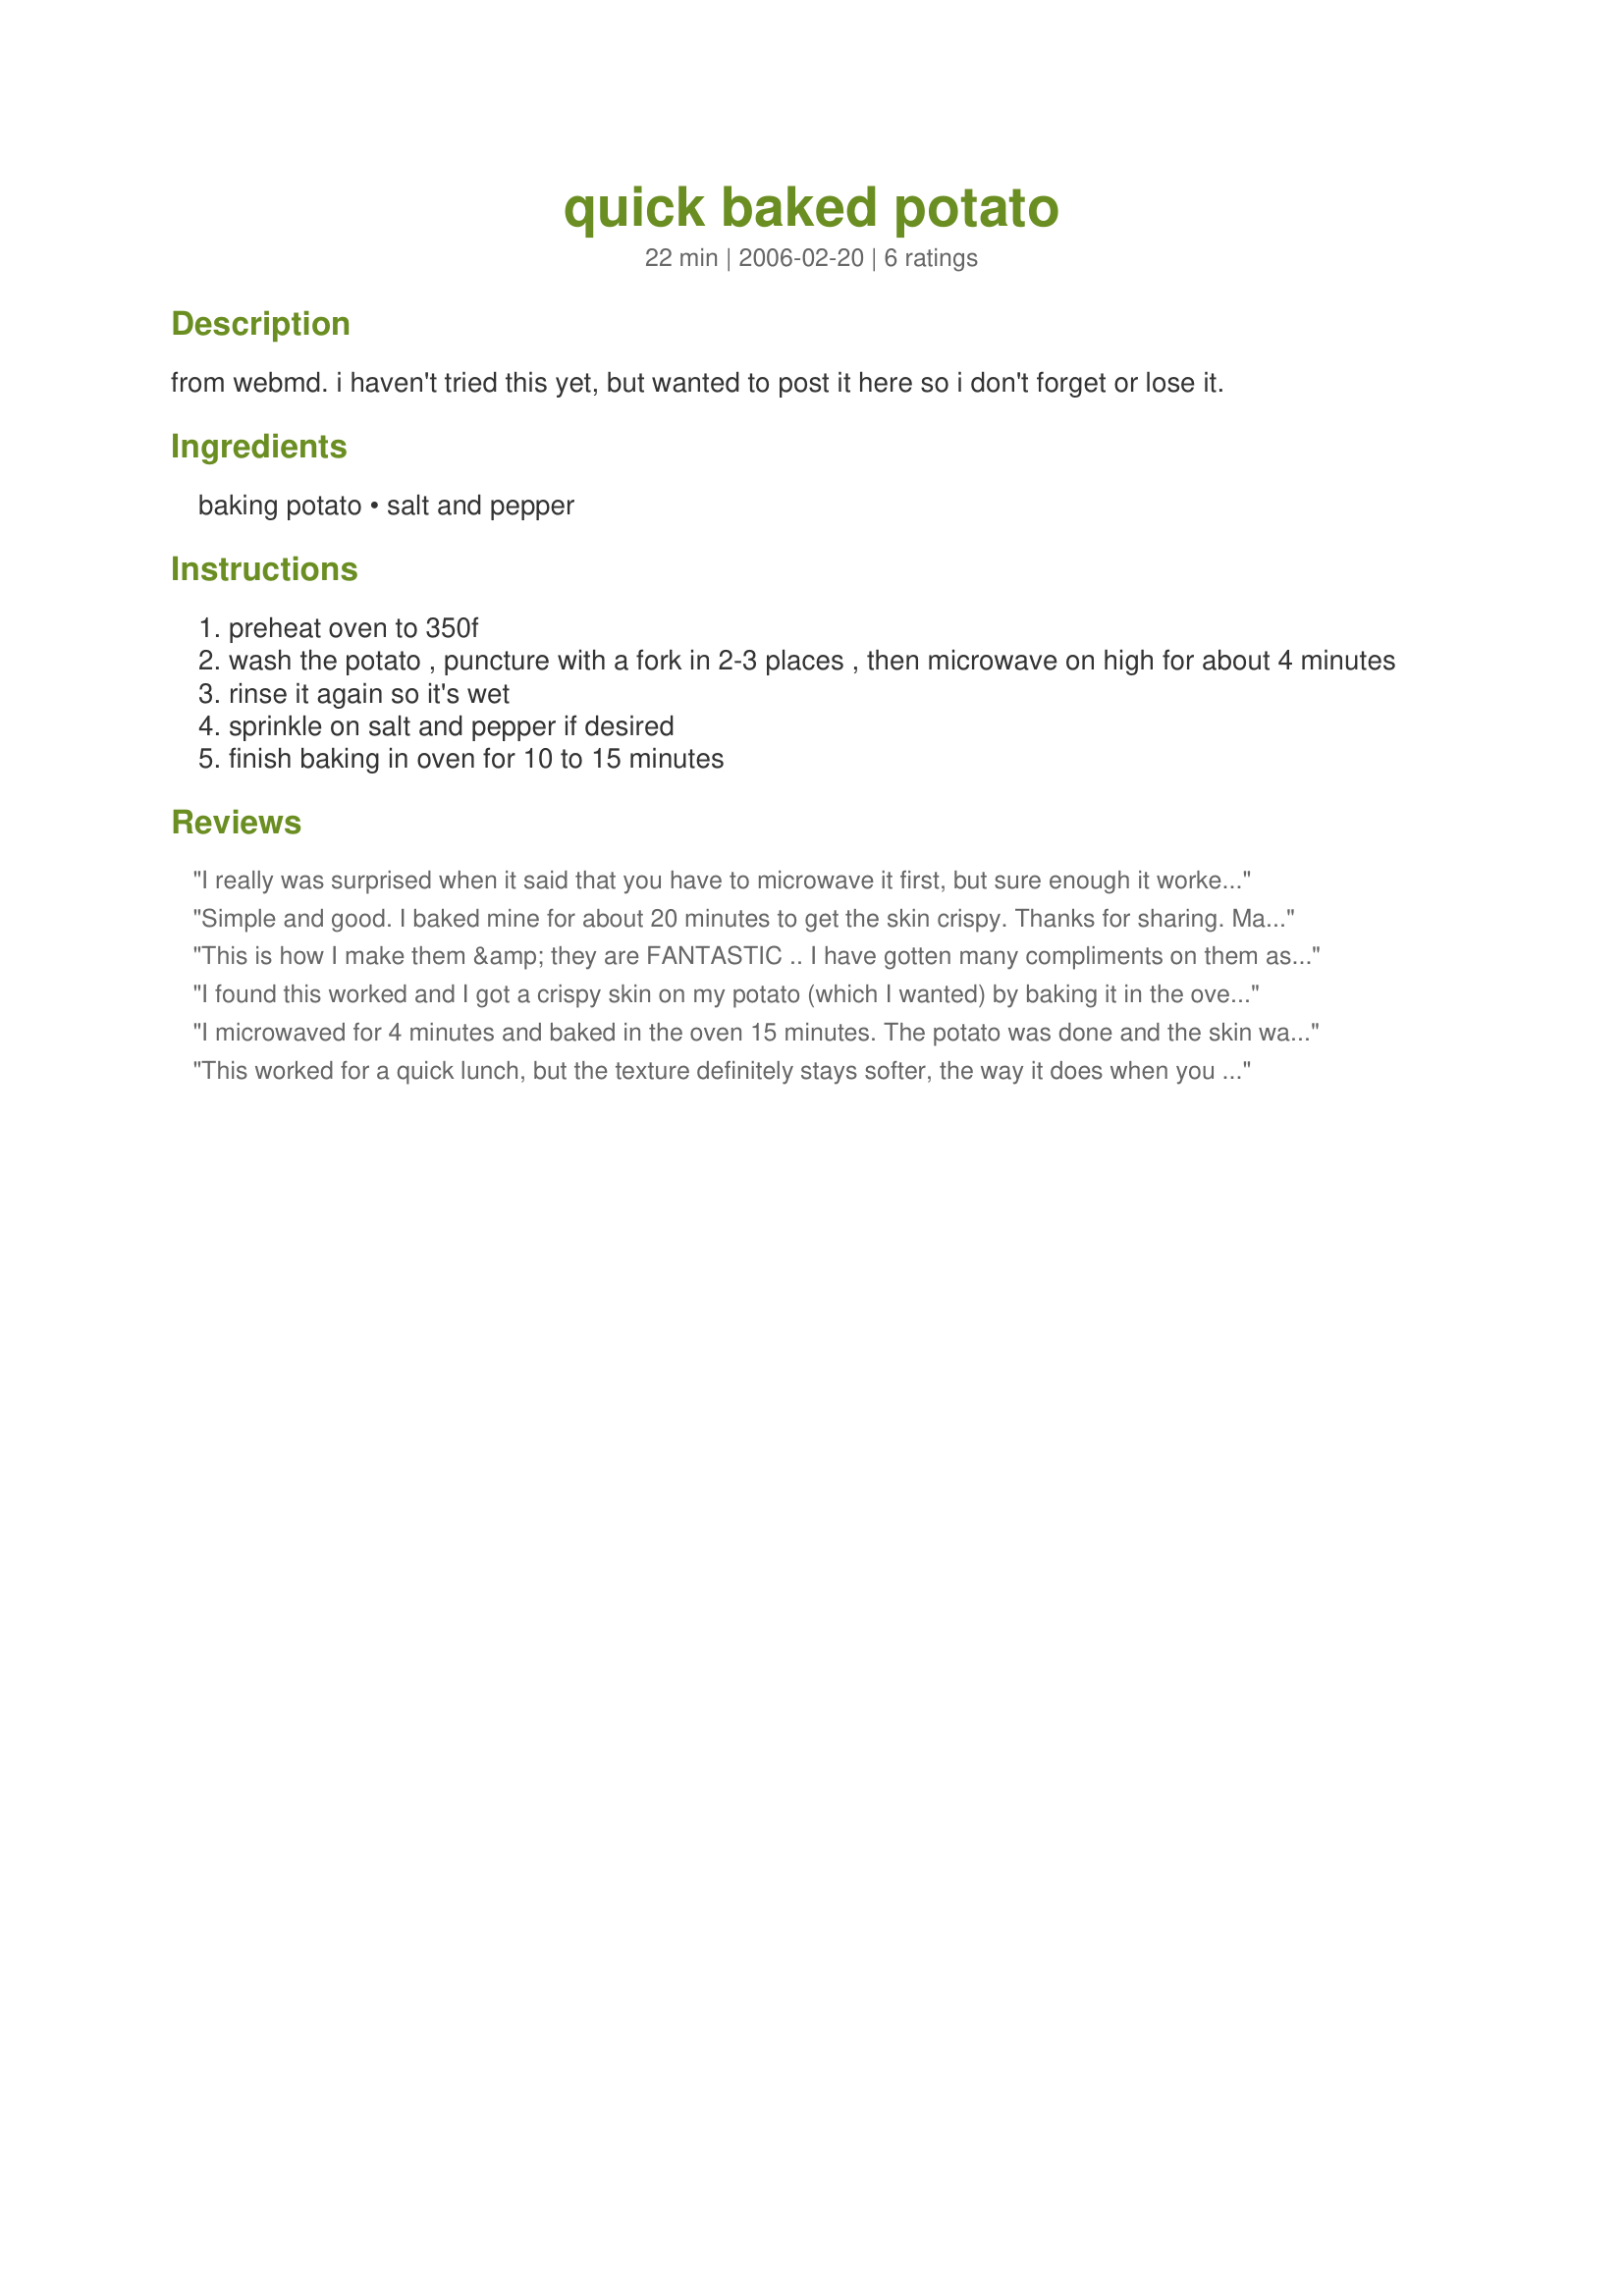
quick baked potato
Preparation time: 22 minutes

from webmd. i haven't tried this yet, but wanted to post it here so i don't forget or lose it.

Ingredients:
baking potato, salt and pepper

Steps:
preheat oven to 350f
wash the potato , puncture with a fork in 2-3 places , then microwave on high for about 4 minutes
rinse it again so it's wet
sprinkle on salt and pepper if desired
finish baking in oven for 10 to 15 minutes

Reviews:
I really was surprised when it said that you have to microwave it first, but sure enough it worked like a charm. It made little hiss and bubble noises in the microwave, which I was scared of at first. I though I was cooking a wasp behind the oven! Any way, it really turned out great. I added a little bit of olive oil to the potatoes before I baked them and it made them a little bit crispier. I really enjoyed it! Thank you!
Simple and good. I baked mine for about 20 minutes to get the skin crispy. Thanks for sharing. Made for Cookbook Tag.
This is how I make them &amp; they are FANTASTIC .. I have gotten many compliments on them as well as been asked to make them for a friend&#039;s dinner party!

YOU WILL ENJOY THESE!
I found this worked and I got a crispy skin on my potato (which I wanted) by baking it in the oven for about 20 minutes instead of 15 and turning the temp up to 375 after 10 minutes. I also rinsed them with water as suggested both before microwaving and before putting them in the oven, and I think that helped, but they need a slightly higher temp than the recipe says if you like the skin crispy.
I microwaved for 4 minutes and baked in the oven 15 minutes. The potato was done and the skin was soft, but I don't care for crispy skin on my baked potato so this was just right for me. Thanks for a very easy method of making baked potatoes.
This worked for a quick lunch, but the texture definitely stays softer, the way it does when you just microwave the potatoes. I was hoping the skin would be crisp after being baked- I wonder if baking at a higher temp would work? Thanks anyway.
